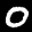
Label: 0